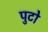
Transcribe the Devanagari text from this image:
पुटो